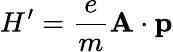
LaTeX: H^{\prime}={\frac{e}{m}}\mathbf{A}\cdot\mathbf{p}